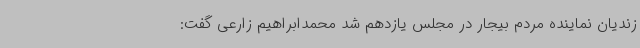
زندیان نماینده مردم بیجار در مجلس یازدهم شد محمدابراهیم زارعی گفت: